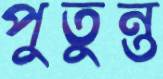
পুতুন্ত